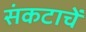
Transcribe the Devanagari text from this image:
संकटाचें